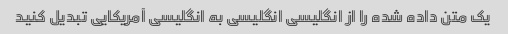
یک متن داده شده را از انگلیسی انگلیسی به انگلیسی آمریکایی تبدیل کنید